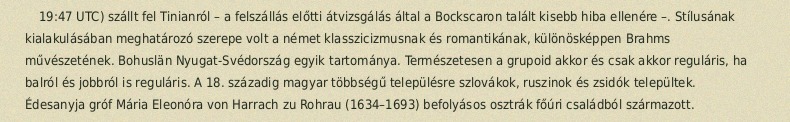
19:47 UTC) szállt fel Tinianról – a felszállás előtti átvizsgálás által a Bockscaron talált kisebb hiba ellenére –. Stílusának kialakulásában meghatározó szerepe volt a német klasszicizmusnak és romantikának, különösképpen Brahms művészetének. Bohuslän Nyugat-Svédország egyik tartománya. Természetesen a grupoid akkor és csak akkor reguláris, ha balról és jobbról is reguláris. A 18. századig magyar többségű településre szlovákok, ruszinok és zsidók települtek. Édesanyja gróf Mária Eleonóra von Harrach zu Rohrau (1634–1693) befolyásos osztrák főúri családból származott.